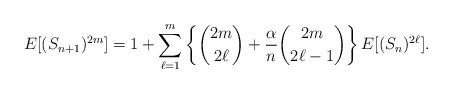
LaTeX: \begin{align*}E[(S_{n+1})^{2m}]&=1+\sum_{\ell =1}^m \left\{\binom{2 m}{2 \ell }+\frac{\alpha}{n}\binom{2 m}{2 \ell -1}\right\} E[(S_{n})^{2\ell }].\end{align*}